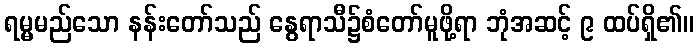
ရမ္မမည်သော နန်းတော်သည် နွေရာသီ၌စံတော်မူဖို့ရာ ဘုံအဆင့် ၉ ထပ်ရှိ၏။